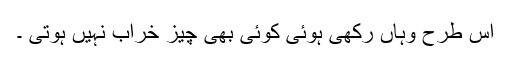
اس طرح وہاں رکھی ہوئی کوئی بھی چیز خراب نہیں ہوتی ۔